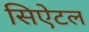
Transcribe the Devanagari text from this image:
सिऐटल